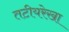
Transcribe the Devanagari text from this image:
तटीयरेखा